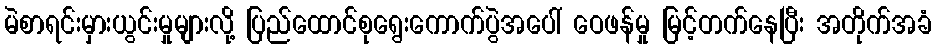
မဲစာရင်းမှားယွင်းမှုများလို့ ပြည်ထောင်စုရွေးကောက်ပွဲအပေါ် ဝေဖန်မှု မြင့်တက်နေပြီး အတိုက်အခံ